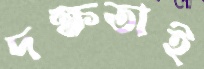
দক্ষতাই